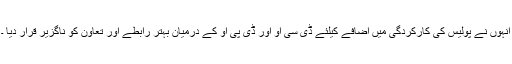
انہوں نے پولیس کی کارکردگی میں اضافے کیلئے ڈی سی او اور ڈی پی او کے درمیان بہتر رابطے اور تعاون کو ناگزیر قرار دیا ۔